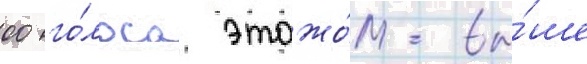
00 го́лоса этажо́м вы́ше